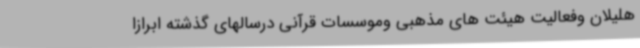
هلیلان وفعالیت هیئت های مذهبی وموسسات قرآنی درسالهای گذشته ابرازا